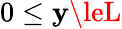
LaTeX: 0\le\mathbf{y}\leL